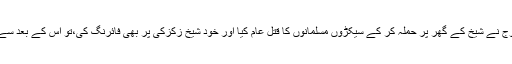
اس کے علاوہ چار سال قبل جس وقت نائیجیریا کی فوج نے شیخ کے گھر پر حملہ کر کے سیکڑوں مسلمانوں کا قتل عام کیا اور خود شیخ زکزکی پر بھی فائرنگ کی،تو اس کے بعد سے گولیوں کا زہر اب تک ان کے جسم میں موجود ہے۔